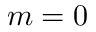
m = 0